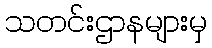
သတင်းဌာနများမှ